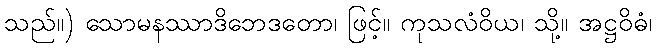
သည်။) သောမနဿာဒိဘေဒတော၊ ဖြင့်။ ကုသလံဝိယ၊ သို့။ အဋ္ဌဝိဓံ၊